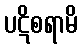
ပဋိစရာမိ